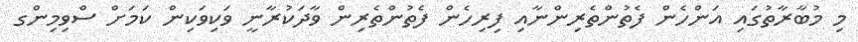
މި މުބާރާތުގައި އަންހެން ފެތުންތެރިންނާއި ފިރިހެން ފެތުންތެރިން ވާދަކުރާނީ ވަކިވަކިން ކަމަށް ސްވިމިންގ